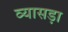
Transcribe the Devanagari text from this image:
व्यासड़ा